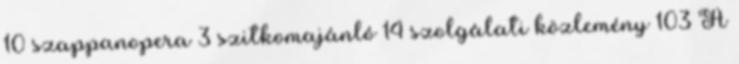
10 szappanopera 3 szitkomajánló 14 szolgálati közlemény 103 A